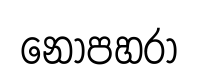
නොපහරා